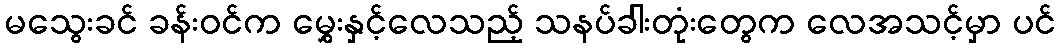
မသွေးခင် ခန်းဝင်က မွှေးနှင့်လေသည့် သနပ်ခါးတုံးတွေက လေအသင့်မှာ ပင်